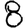
Digit: 8